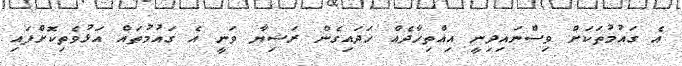
އެ ގައުމުތަކަށް ވިސްނައިދިނީ އިއްތިހާދެއް ހަދައިގެން ރަޝިޔާ ވަނީ އެ ގައުމުތައް އަޅުވެތިކޮށްފައި